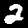
Digit: 2